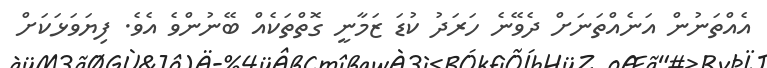
އެއްތަނުން އަނެއްތަނަށް ދެވޭނެ ހަރަދު ކުޑަ ޒަމާނީ ގޮތްތަކެއް ބޭނުންވެ އެވެ. ފިޔަވަޅަކަށް